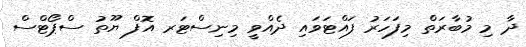
ދާ މި މުބާރަތް މިފަހަރު ފައްޓަވައި ދެއްވީ މިނިސްޓަރ އޮފް ޔޫތު ސްޕޯޓްސް